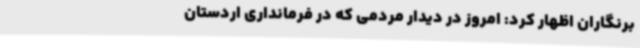
برنگاران اظهار کرد: امروز در دیدار مردمی که در فرمانداری اردستان